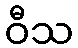
ဝီသ